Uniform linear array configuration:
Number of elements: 32
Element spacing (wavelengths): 0.75
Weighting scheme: exponential
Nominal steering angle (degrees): -30
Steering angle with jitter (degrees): -30.394
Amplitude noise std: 0.05
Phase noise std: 0.05

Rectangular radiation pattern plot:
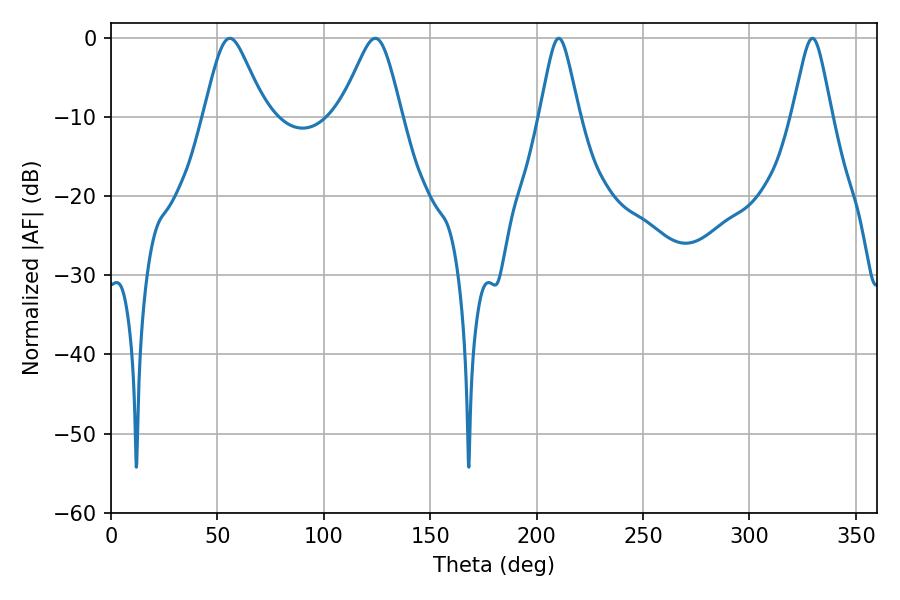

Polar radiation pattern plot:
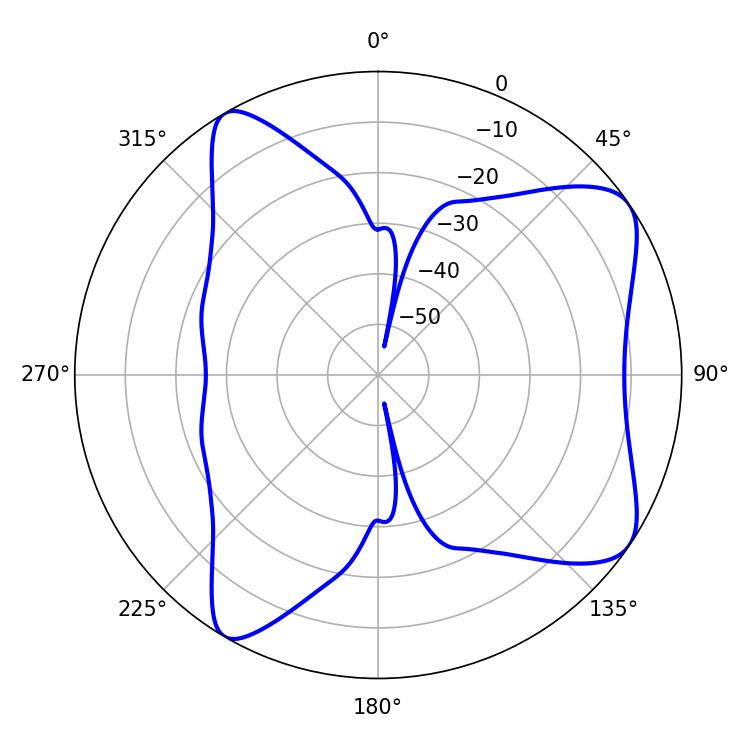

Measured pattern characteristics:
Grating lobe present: TRUE
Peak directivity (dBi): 7.868
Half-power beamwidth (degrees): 14.04
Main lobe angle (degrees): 55.8